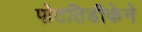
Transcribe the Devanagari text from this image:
पोटतिडीकेने